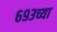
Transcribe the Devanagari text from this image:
६९३च्या